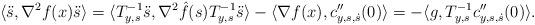
LaTeX: \begin{align*}\langle \ddot{s}, \nabla^2 f(x) \ddot{s} \rangle = \langle T_{y, s}^{-1} \ddot{s}, \nabla^2 \hat{f}(s) T_{y, s}^{-1} \ddot{s} \rangle - \langle \nabla f(x), c_{y, s, \dot{s}}''(0)\rangle = - \langle g, T_{y,s}^{-1} c_{y, s, \dot{s}}''(0)\rangle.\end{align*}